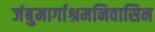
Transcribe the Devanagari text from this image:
जंबुमार्गाश्रमनिवासिन